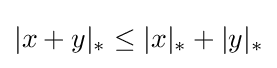
|x+y|_{*}\leq |x|_{*}+|y|_{*}